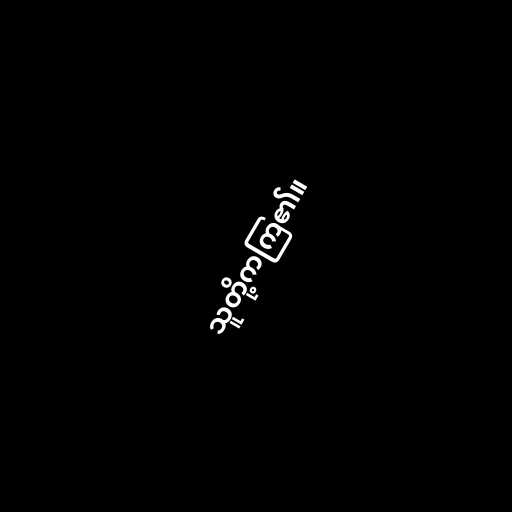
သူတို့ကကြ၏။